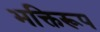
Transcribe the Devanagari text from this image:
भक्तिरूप